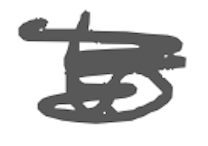
Text: to
Cross-out: mix
Writing tool: digital_gray